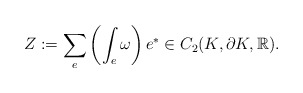
\begin{align*} Z := \sum_e \left( \int_e \omega \right) e^* \in C_2 (K , \partial K , \mathbb{R}).\end{align*}